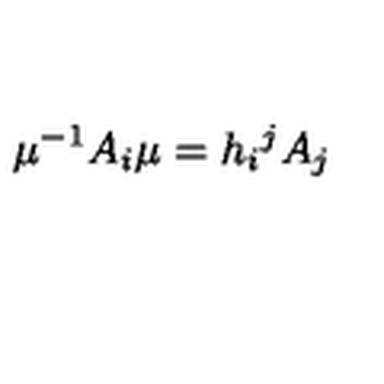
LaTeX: \mu ^ { - 1 } A _ { i } \mu = h _ { i } { } ^ { j } A _ { j }